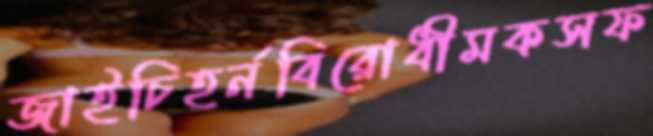
জাইচিহর্নবিরোধীমকসফ